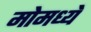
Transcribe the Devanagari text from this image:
मोमध्ये